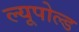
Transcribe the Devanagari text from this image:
ल्यूपोल्ड